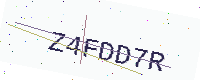
Text: Z4FDD7R